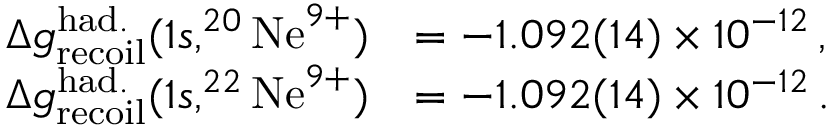
\begin{array} { r l } { \Delta g _ { \mathrm { r e c o i l } } ^ { \mathrm { h a d . } } ( 1 s , ^ { 2 0 } \mathrm { N e } ^ { 9 + } ) } & { = - 1 . 0 9 2 ( 1 4 ) \times 1 0 ^ { - 1 2 } \, , } \\ { \Delta g _ { \mathrm { r e c o i l } } ^ { \mathrm { h a d . } } ( 1 s , ^ { 2 2 } \mathrm { N e } ^ { 9 + } ) } & { = - 1 . 0 9 2 ( 1 4 ) \times 1 0 ^ { - 1 2 } \, . } \end{array}